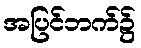
အပြင်ဘက်၌